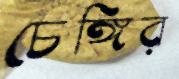
চেঙ্গির